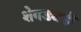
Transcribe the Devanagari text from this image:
शेगड्याही